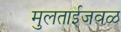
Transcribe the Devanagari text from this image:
मुलताईजवळ